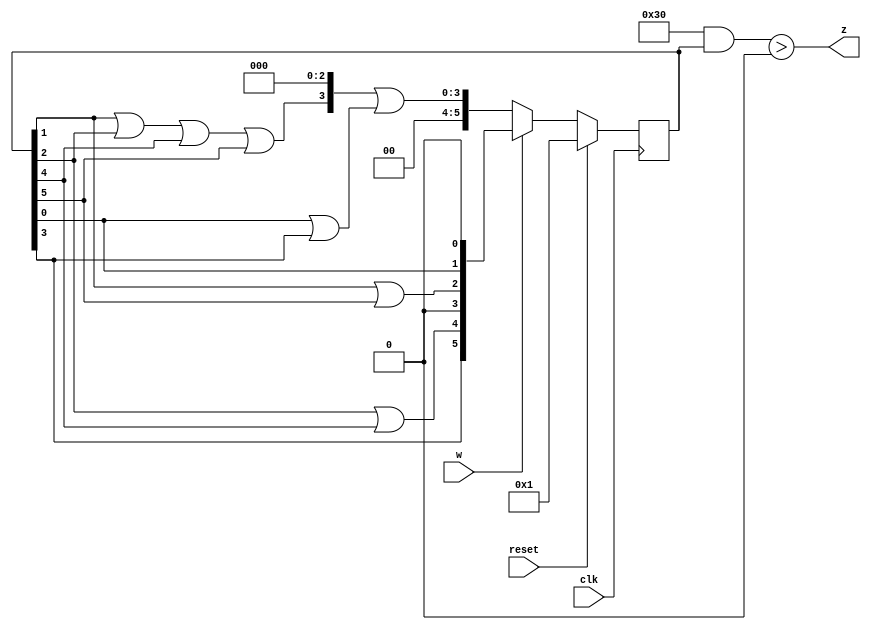
module top_module (
    input clk,
    input reset,   // Synchronous active-high reset
    input w,
    output z
);

    reg [5:0] state, next_state;
    
    always @(*) begin
        if (~w)
            next_state <= ((state[1] | state[2] | state[4] | state[5]) << 3) | (state[0] | state[3]);
        else
            next_state <= { state[3], (state[2] | state[4]), 1'b0, (state[1] | state[5]), state[0]} << 1;
    end
    
    always @(posedge clk) begin
        if (reset)
            state <= 1;
        else
            state <= next_state;
    end
    
    assign z = ('b110000 & state) > 0;

endmodule